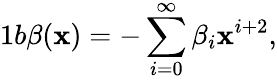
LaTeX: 1b\beta(\mathbf{x})=-\sum_{i=0}^{\infty}\beta_{i}\mathbf{x}^{i+2},